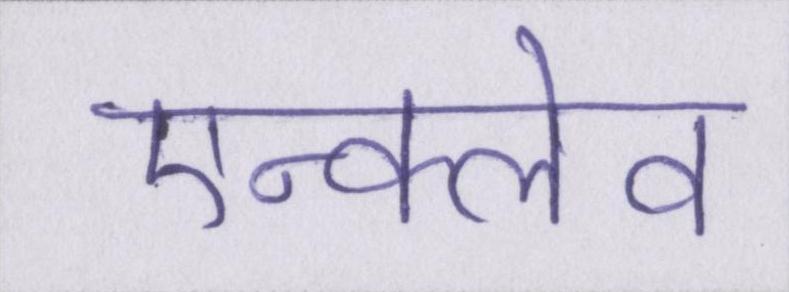
एन्क्लेव